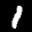
Label: 1